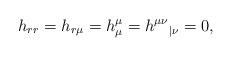
LaTeX: \begin{align*}h_{rr}=h_{r\mu}=h^{\mu}_{\mu}=h^{\mu\nu}{}_{|\nu}=0,\end{align*}